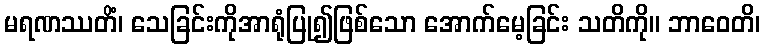
မရဏဿတိံ၊ သေခြင်းကိုအာရုံပြု၍ဖြစ်သော အောက်မေ့ခြင်း သတိကို။ ဘာဝေတိ၊